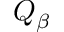
Q _ { \beta }